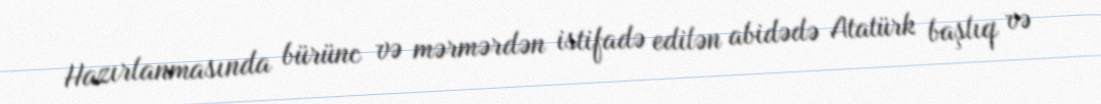
Hazırlanmasında bürünc və mərmərdən istifadə edilən abidədə Atatürk başlıq və